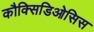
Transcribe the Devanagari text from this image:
कौक्सिडिओसिस